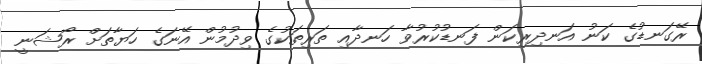
ރޭގަނޑުގެ ކަނު އަނދިރިކަން ފަނޑުކުރުވާ ހަނދާއި ތަރިތަކުގެ ވިދުމުން އޭނަގެ ހަޔާތަށް ރޯޝަނީ